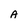
Character: A